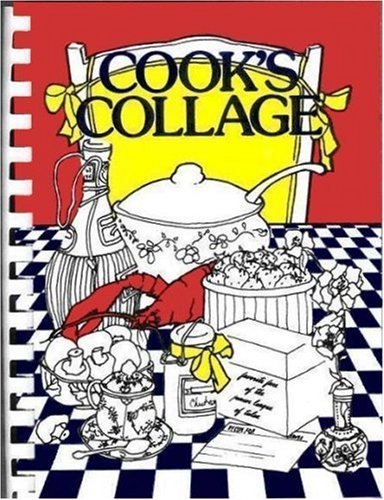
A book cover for Cook's Collage; The Junior League of Tulsa; Cookbooks, Food & Wine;